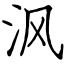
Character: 沨